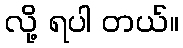
လို့ ရပါ တယ်။